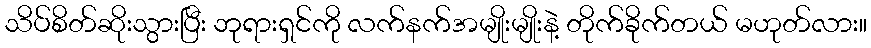
သိပ်စိတ်ဆိုးသွားပြီး ဘုရားရှင်ကို လက်နက်အမျိုးမျိုးနဲ့ တိုက်ခိုက်တယ် မဟုတ်လား။